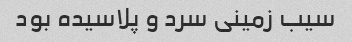
سیب زمینی سرد و پلاسیده بود